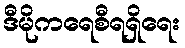
ဒီမိုကရေစီရရှိရေး